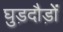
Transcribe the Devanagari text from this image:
घुड़दौड़ों